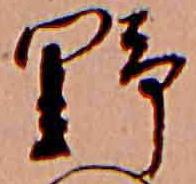
野